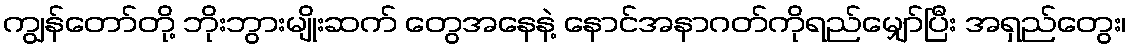
ကျွန်တော်တို့ ဘိုးဘွားမျိုးဆက် တွေအနေနဲ့ နောင်အနာဂတ်ကိုရည်မျှော်ပြီး အရှည်တွေး၊